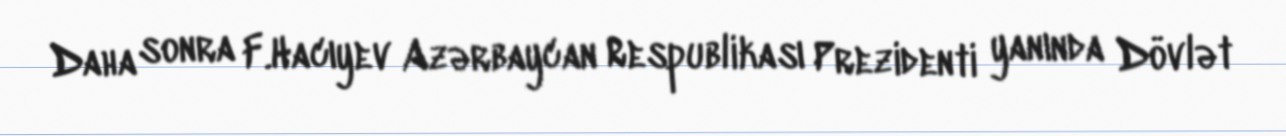
Daha sonra F.Hacıyev Azərbaycan Respublikası Prezidenti yanında Dövlət